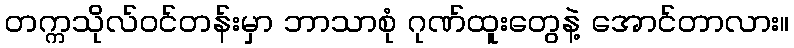
တက္ကသိုလ်ဝင်တန်းမှာ ဘာသာစုံ ဂုဏ်ထူးတွေနဲ့ အောင်တာလား။